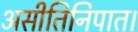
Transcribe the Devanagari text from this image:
असीतिनिपात।